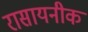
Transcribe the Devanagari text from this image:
रासायनीक